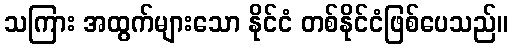
သကြား အထွက်များသော နိုင်ငံ တစ်နိုင်ငံဖြစ်ပေသည်။